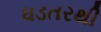
ધડતરથી